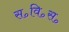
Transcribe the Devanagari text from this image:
स॰वि॰स॰